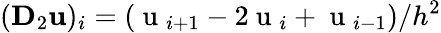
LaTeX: (\mathbf{D}_{2}\mathbf{u})_{i}=(\mathrm{~u~}_{i+1}-2\mathrm{~u~}_{i}+\mathrm{~u~}_{i-1})/h^{2}